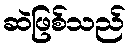
ဆဲဖြစ်သည်